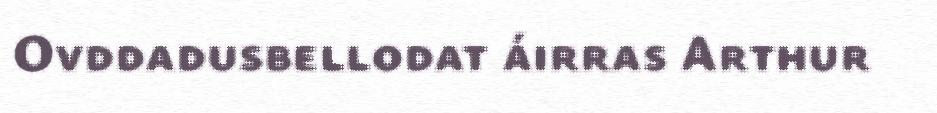
Ovddadusbellodat áirras Arthur